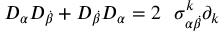
{ \cal D } _ { \alpha } { \cal D } _ { \dot { \beta } } + { \cal D } _ { \dot { \beta } } { \cal D } _ { \alpha } = 2 \ \ { \sigma } _ { \alpha \dot { \beta } } ^ { k } \partial _ { k }